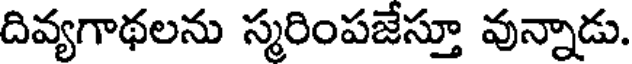
దివ్యగాథలను స్మరింపజేస్తూ వున్నాడు.